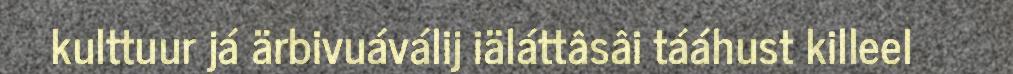
kulttuur já ärbivuáválij iäláttâsâi tááhust killeel